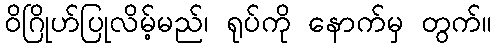
ဝိဂြိုဟ်ပြုလိမ့်မည်၊ ရုပ်ကို နောက်မှ တွက်။